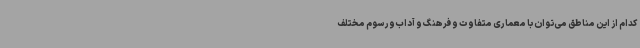
کدام از این مناطق می‌توان با معماری متفاوت و فرهنگ و آداب‌ورسوم مختلف